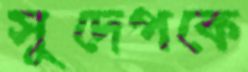
সুদেপকে